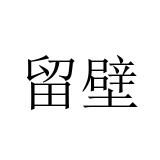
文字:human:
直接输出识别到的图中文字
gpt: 留壁